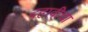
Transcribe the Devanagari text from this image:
दहावीचा